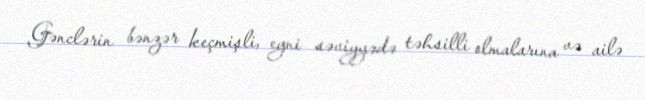
Gənclərin bənzər keçmişli, eyni səviyyədə təhsilli olmalarına və ailə